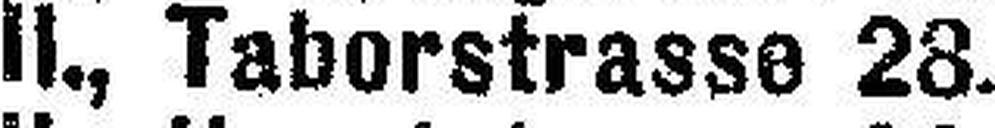
II., Taborstrasse 28.